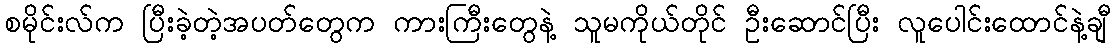
စမိုင်းလ်က ပြီးခဲ့တဲ့အပတ်တွေက ကားကြီးတွေနဲ့ သူမကိုယ်တိုင် ဦးဆောင်ပြီး လူပေါင်းထောင်နဲ့ချီ